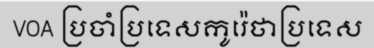
VOA ប្រចាំប្រទេសកូរ៉េថាប្រទេស